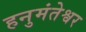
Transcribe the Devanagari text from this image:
हनुमंतेश्वर